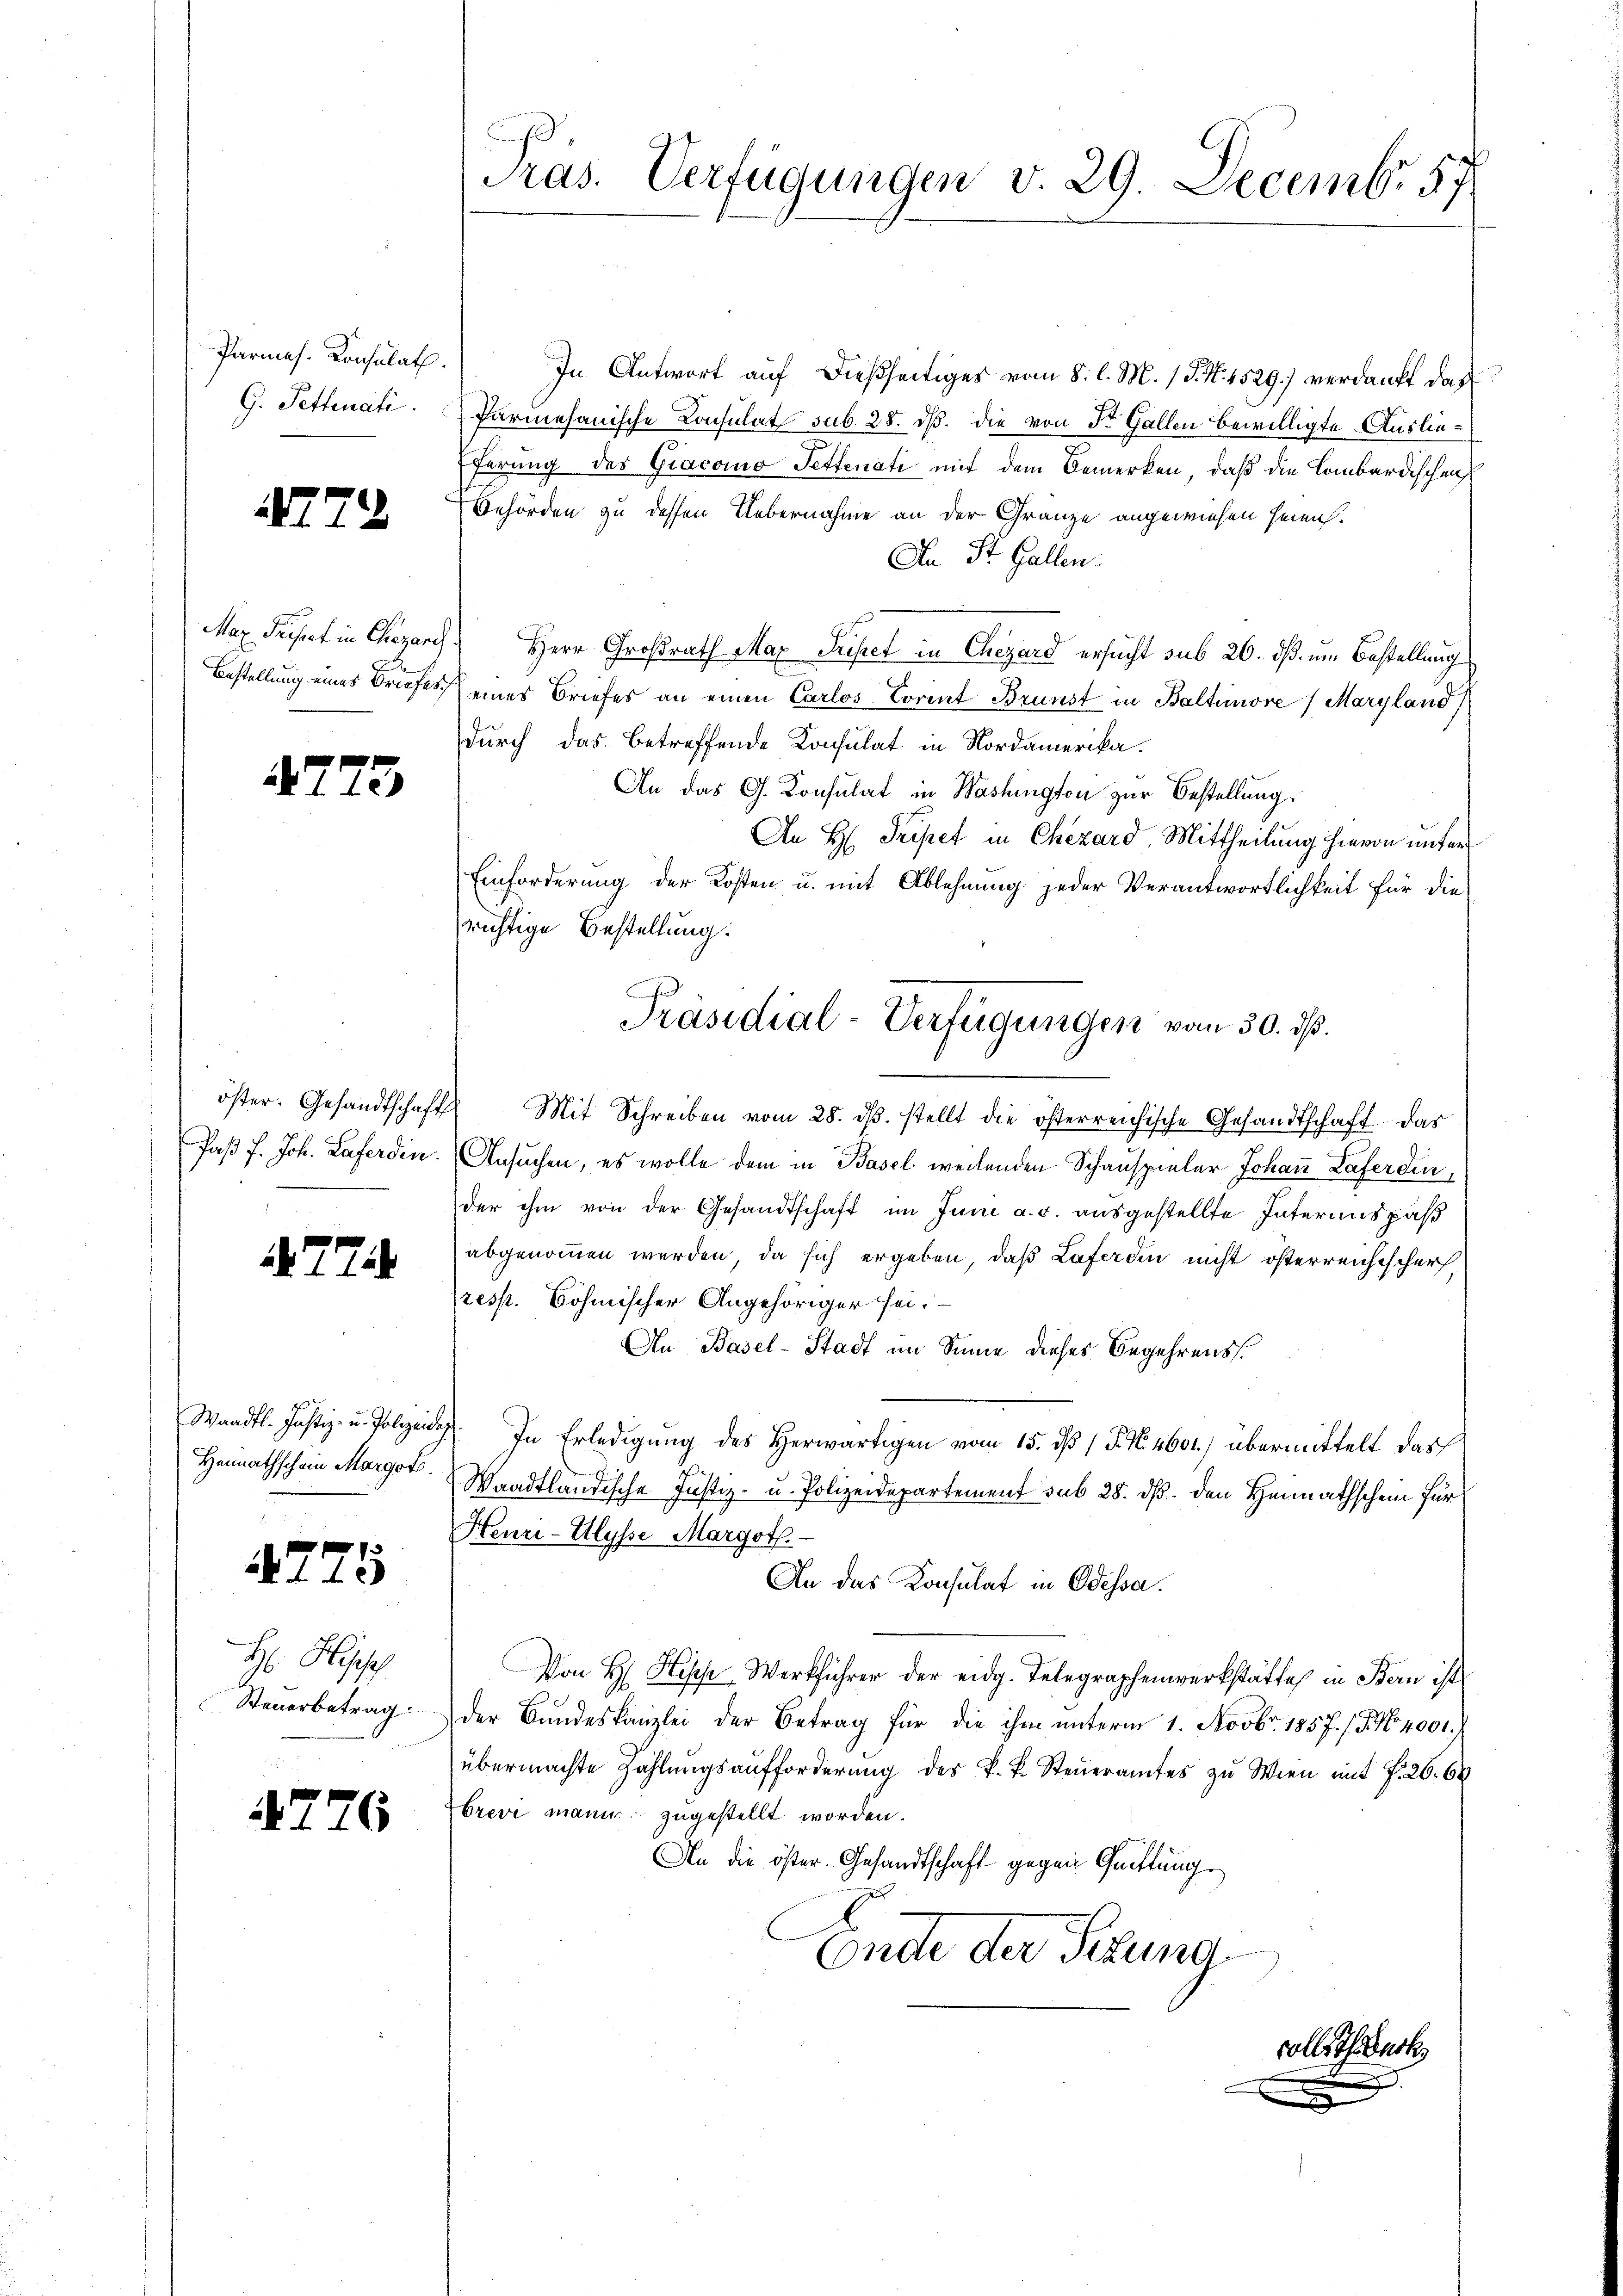
Parmes. Konsulath.

78

4773

A274

4725
H Hipp

4276

Präs. Verfügungen v. 29. Decemb. 57.

In Antwort auf dießseitiges vom 8. l. M. / 5. No. 4529) verdankt das
G. Tettinati. Parmesanische Consulat sub 28. ds. die von Dr. Gallen bewilligte Auslie¬
Eferung des Giacomo Fettenati mit dem Bemerken, daß die Lombardischen
Gehörden zu dessen Uebernahme an der Gränze angewiesen heimh.
An St. Gallen.
Max diesert in Chezere Herr Großrath Max Tripet in Chegård ersucht sub 26. ds. um Bestellung
Bestellung eines Briefes eines Briefes an einen Carlos.-Corrat Brunst in Baltimore /Maryland)
durch das betreffende Konsulat in Nordamerika.
An das G. Consulat in Washington zur Bestellung.
An H. Tripet in Chezard Mittheilung hievon unter
Einforderung der Kosten u. mit Ablehnung jeder Verantwortlichkeit für die
richtige Bestellung.
öster. Gesandtschaft. Mit Schreiben vom 28. dβ. stellt die österreichische Gesandtschaft das
Paβ f. Joh. Laferdin. Ansuchen, es wolle dem in Basel weilenden Schauspieler Johaṅ Laferden,
der ihm von der Gesandtschaft im Juni a. c. ausgestellte Interius paß
abgenommen werden, da sich ergeben, daß Laferden nicht österreichischer,
(resp. Böhmischer Angehöriger sei.
An Basel-Stadt im Sinne dieses Begehrens
Waadt. Justiz- u. Polizeide. In Erledigung des Herwärtigen vom 15. d. 1 P. N. 1601) übermittelt das
Heimathschein Margot. Waadtländische Justiz- u. Polizeidepartement sub 28. dß. den Heimathschein für
Henri-Ulysse Margoth.-
An das Konsulat in Odessa.
Von H. Hische Werkführer der eidg. Telegraphenwerkstätte in Bern ist
Steuerbetrag der Bundeskanzlei der Betrag für die ihm unterm 1. Novbr. 1857. /. N. 4001.
übermachte Zahlŭngsaufforderung des k. k. Steŭeramtes zu Wien mit f. 26. 68
brevi mann zugestellt worden.
An die öster-Gesandtschaft gegen Quittung
Ende der Sitzung
volle Thibart

Präsidial-Verfügungen vom 30. ds.